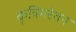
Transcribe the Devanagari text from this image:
कृत्रिमरेतन